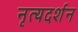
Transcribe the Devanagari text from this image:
नृत्यदर्शन